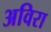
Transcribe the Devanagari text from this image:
अविरा